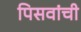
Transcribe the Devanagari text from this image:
पिसवांची